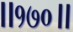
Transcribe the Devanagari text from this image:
॥१७०॥